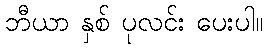
ဘီယာ နှစ် ပုလင်း ပေးပါ။